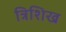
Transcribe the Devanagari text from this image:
त्रिशिख